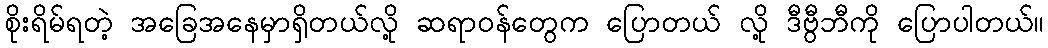
စိုးရိမ်ရတဲ့ အခြေအနေမှာရှိတယ်လို့ ဆရာဝန်တွေက ပြောတယ် လို့ ဒီဗွီဘီကို ပြောပါတယ်။